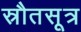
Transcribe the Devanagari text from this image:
स्रौतसूत्र